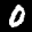
Label: 0